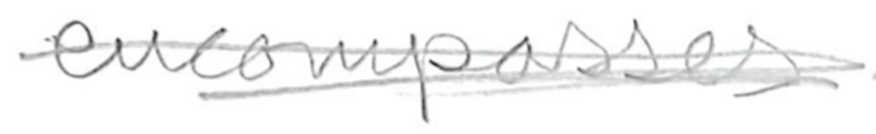
Text: encompasses
Cross-out: scratch
Writing tool: pencil